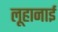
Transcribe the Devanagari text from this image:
लूहानाई